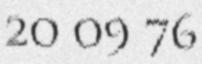
20 09 76